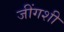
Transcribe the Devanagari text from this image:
जींगशी